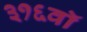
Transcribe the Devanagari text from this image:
३१६वॉ